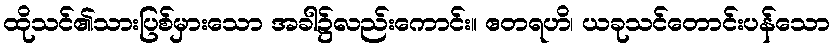
ထိုသင်၏သားပြစ်မှားသော အခါ၌လည်းကောင်း။ ဧတရဟိ၊ ယခုသင်တောင်းပန်သော